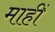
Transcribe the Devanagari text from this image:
माहीं